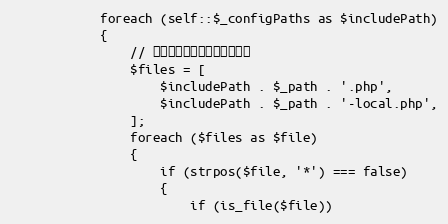
Language: PHP
            foreach (self::$_configPaths as $includePath)
            {
                // 检测和包含带下面后缀的文件
                $files = [
                    $includePath . $_path . '.php',
                    $includePath . $_path . '-local.php',
                ];
                foreach ($files as $file)
                {
                    if (strpos($file, '*') === false)
                    {
                        if (is_file($file))